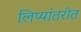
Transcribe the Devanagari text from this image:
लिप्यांतरीत